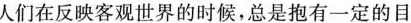
人们在反映客观世界的时候，总是抱有一定的目